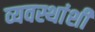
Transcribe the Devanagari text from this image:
व्यवस्थांशी